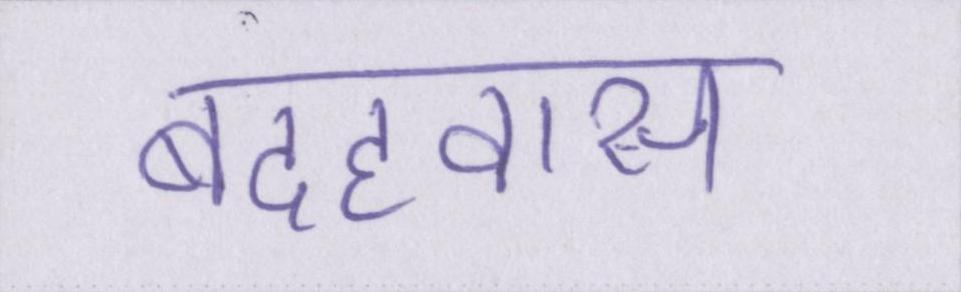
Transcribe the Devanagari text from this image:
बदहवास